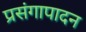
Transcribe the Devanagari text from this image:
प्रसंगापादन